Vaccination in Bombay 1913-1923 - 1913-1923
Year: 1913
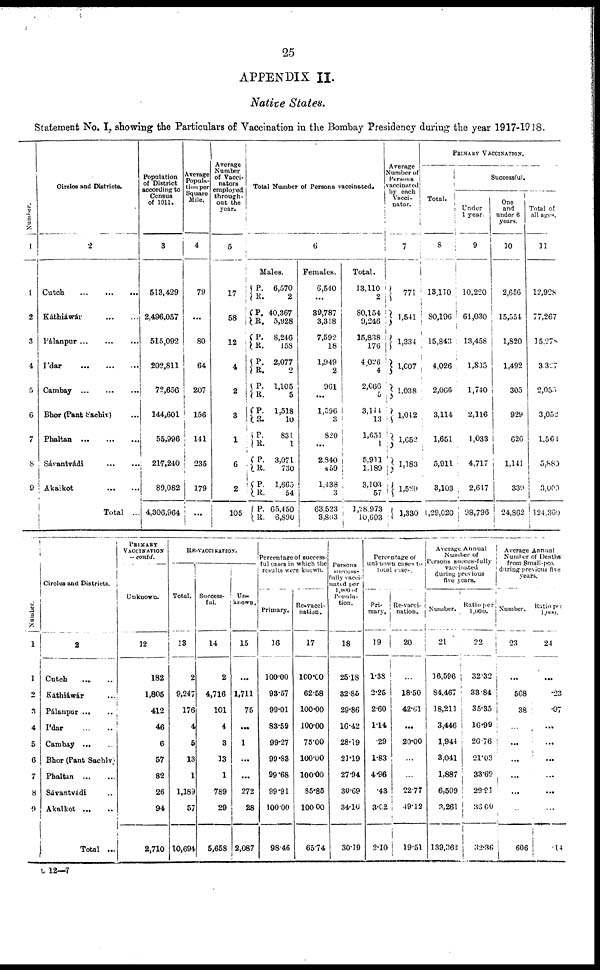
25
APPENDIX II.
Native States.
Statement No. I, showing the Particulars of Vaccination in the Bombay Presidency during the year 1917-1918.
Number.
1
1
2
3
4
5
6
7
8
9
Circles and Districts.
2
Cutch
...
...
...
Káthiáwár
...
...
Pálanpur
...
...
...
I'dar
...
...
...
Cambay
...
...
...
Bhor (Pant Sachiv) ...
Phaltan
...
...
...
Sávantvádi
...
...
Ákalkot
...
...
Total ...
Population
of District
according to
Census
of 1911.
3
513,429
2,496,057
515,092
202,811
72,656
144,601
55,996
217,240
89,082
4,306,964
Average
Popula-
tion per
Square
Mile.
4
79
...
80
64
207
156
141
235
179
...
Average
Number
of Vacci¬
nators
employed
through-
out the
year.
5
17
58
12
4
2
3
1
6
2
105
Total Number of Persons vaccinated.
6
Males.
P.
R.
P.
R.
P.
R.
P.
R.
P.
R.
P.
R.
P.
R.
P.
R.
P.
R.
P.
R.
6,570
2
40,367
5,928
8,246
158
2,077
2
1,105
5
1,518
10
831
1
3,071
730
1,665
54
65,450
6,890
Females.
6,540
...
39,787
3,318
7,592
18
1,949
2
961
...
1,596
3
820
...
2,840
459
1,438
3
63,523
3,803
Total.
13,110
2
80,154
9,246
15,838
176
4,026
4
2,066
5
3,114
13
1,651
1
5,911
1,189
3,103
57
1,28,973
10,693
Average
Number of
Persons
vaccinated
by each
Vacci¬
nator.
7
771
1,541
1,334
1,007
1,038
1,042
1,652
1,183
1,580
1,330
PRIMARY VACCINATION.
Total.
8
13,110
80,196
15,843
4,026
2,066
3,114
1,651
5,911
3,103
1,29,020
Successful.
Under
1 year.
9
10,220
61,030
13,458
1,835
1,740
2,116
1,033
4,717
2,647
98,796
One
and
under 6
years.
10
2,656
15,554
1,820
1,492
305
929
626
1,141
339
24,862
Total of
all ages.
11
12,928
77,267
15,278
3,327
2,055
3,052
1,564
5,880
3,000
124,360
Number.
1
1
2
3
4
5
6
7
8
9
Circles and Districts.
2
Cutch
... ...
Káthiáwár ...
Pálanpur ... ...
I'dar
...
...
Cambay ... ...
Bhor (Pant Sachiv)
Phaltan
...
...
Sávantvádi ...
Akalkot
...
...
Total ...
PRIMARY
VACCINATION
— contd.
Unknown.
12
182
1,805
412
46
6
57
82
26
94
2,710
RE-VACCINATION.
Total.
13
2
9,247
176
4
5
13
1
1,189
57
10,694
Success-
ful.
14
2
4,716
101
4
3
13
1
789
29
5,658
Un¬
known.
15
...
1,711
75
...
1
...
...
272
28
2,087
Percentage of success¬
ful cases in which the
results were known.
Primary.
16
100.00
93.57
99.01
83.59
99.27
99.83
99.68
99.91
100.00
98.46
Re-vacci-
nation.
17
100.00
62.58
100.00
100.00
75.00
100.00
100.00
85·85
100.00
65.74
Persons
success¬
fully vacci-
nated per
1,000 of
Popula¬
tion.
18
25.18
32.86
29.86
16.42
28.19
21.19
27.94
30.69
34.10
30.19
Percentage of
unknown cases to
total cases.
Pri¬
mary.
19
1.38
2.25
2.60
1.14
.29
1.83
4.96
.43
3.02
2.10
Re-vacci¬
nation.
20
...
18.50
42.61
...
20.00
...
...
22.77
49.12
19.51
Average Annual
Number of
Persons successfully
vaccinated
during previous
five years.
Number.
21
16,596
84,467
18,211
3,446
1,944
3,041
1,887
6,509
3,261
139,362
Ratio per
1,000.
22
32.32
33.84
35.35
16.99
26.76
21.03
33.69
29.91
36.60
32.36
Average Annual
Number of Deaths
from Small-pox
during previous five
years.
Number.
23
...
568
38
...
...
...
...
...
...
606
Ratio per
1,000.
24
...
.23
.07
...
...
...
...
...
...
.14
L 12—7